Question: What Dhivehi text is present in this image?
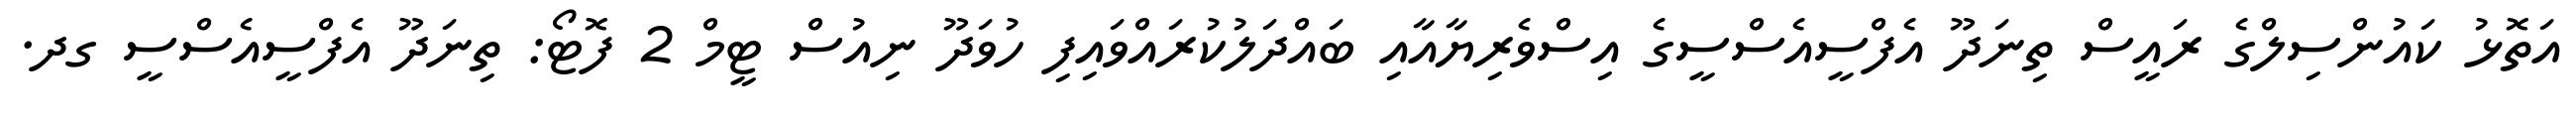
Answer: އަތޮޅު ކައުންސިލްގެ ރައީސް ތިނަދޫ އެފްސީއެސްސީގެ އިސްވެރިޔާއާއި ބައްދަލުކުރައްވައިފި ހުވަދޫ ނިއުސް ޓީމް 2 ފޮޓޯ: ތިނަދޫ އެފްސީއެސްސީ ގދ.